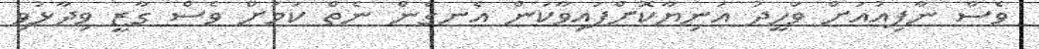
ވެސް ނާފިއުއަށް ވަހީދު އަނިޔާކޮށްފައިވާކަން އެނގެން ނެތް ކަމަށް ވެސް ގާޒީ ވިދާޅުވި